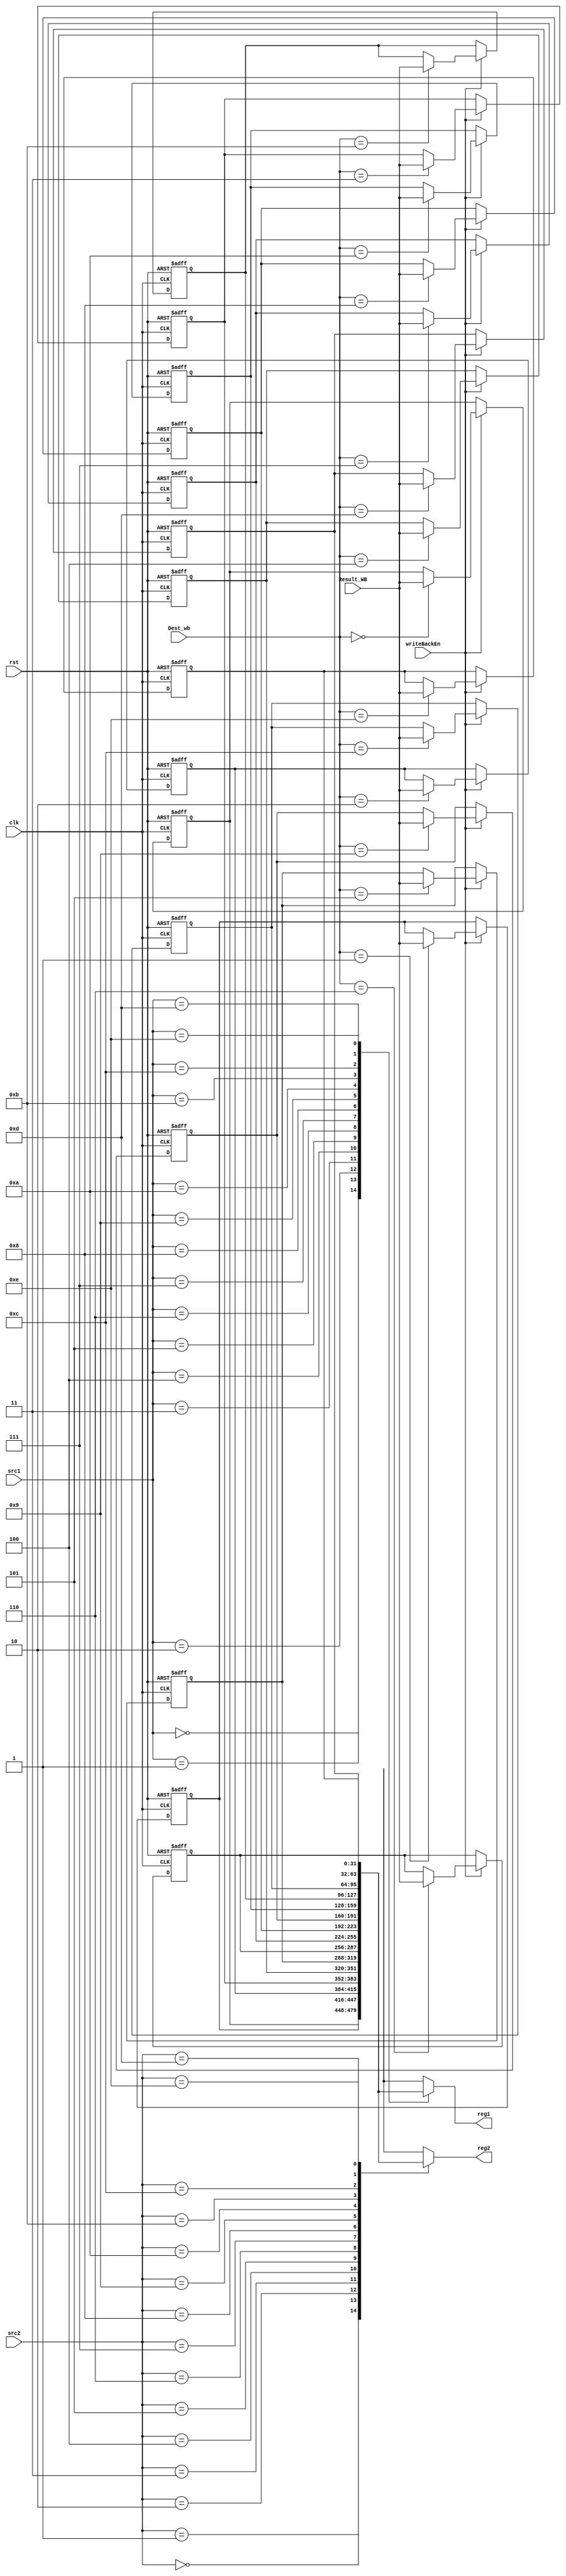
module RegisterFile(
  input clk, rst,
  input[3:0] src1, src2, Dest_wb,
  input[31:0] Result_WB,
  input writeBackEn,
  output[31:0] reg1, reg2
);

  reg[31:0] registerFile[0:14];
  
  integer i;
  always @(negedge clk, posedge rst) begin
    if (rst) begin
      for (i = 0; i < 15; i= i + 1) begin
        registerFile[i] <= 0;
      end
    end
    else if (writeBackEn) begin
      registerFile[Dest_wb] <= Result_WB;
    end
  end

  assign reg1 = registerFile[src1];
  assign reg2 = registerFile[src2];

endmodule